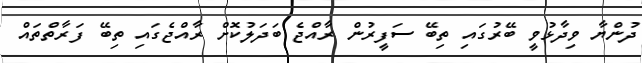
ދުންޔާ ވިދާޅުވީ ބޭރުގައި ތިބޭ ސަފީރުން ރާއްޖެ ބަދަލުކޮށް ރާއްޖެގައި ތިބޭ ފަރާތްތައް